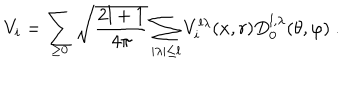
LaTeX: V _ { i } = \sum _ { \geq 0 } \sqrt { \frac { 2 l + 1 } { 4 \pi } } \sum _ { \mid \lambda \mid \leq l } V _ { i } ^ { l \lambda } ( x , r ) D _ { 0 } ^ { l , \lambda } ( \theta , \varphi ) ~ .